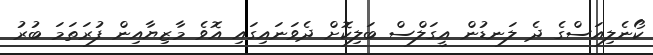
ކޯނެލިއަސްގެ ދެ ލަނޑުން އީގަލްސް ބަލިކޮށް ދެވަނައިގައި އޮވެ މާޒިޔާއިން ފުރަތަމަ ބުރު